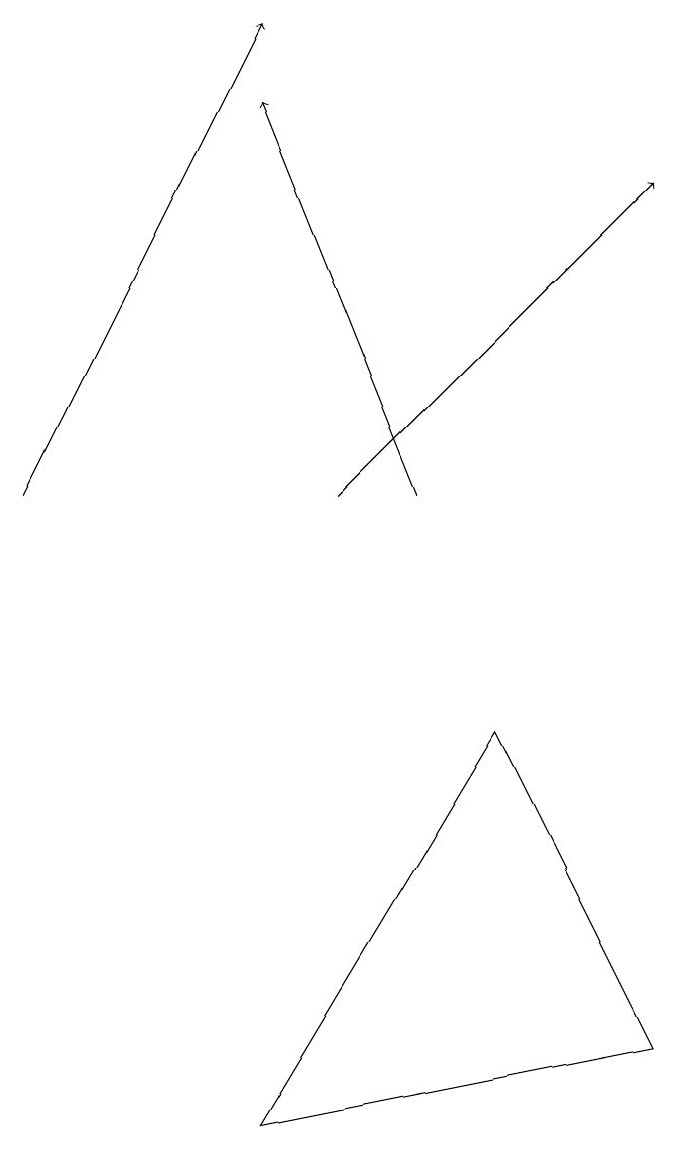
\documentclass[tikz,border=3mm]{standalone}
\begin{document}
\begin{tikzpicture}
\draw (4,3) -- (7,8) -- (9,4) -- cycle;
\draw[->] (1,11) -- (4,17);
\draw[->] (6,11) -- (4,16);
\draw[->] (5,11) -- (9,15);
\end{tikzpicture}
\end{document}